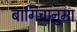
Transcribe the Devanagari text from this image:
बागिचानुमा